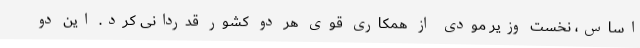
اساس، نخست وزیر مودی از همکاری قوی هر دو کشور قدردانی کرد. این دو